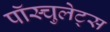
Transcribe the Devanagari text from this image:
पॉस्चुलेट्स